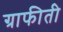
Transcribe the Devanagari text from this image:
ग्राफीती